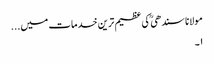
مولانا سندھی ؒ کی عظیم ترین خدمات میں...
۱۔